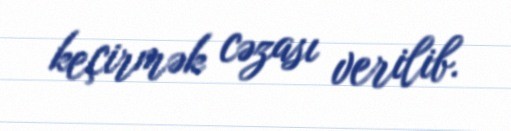
keçirmək cəzası verilib.